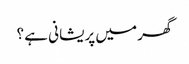
گھر میں پریشانی ہے ؟